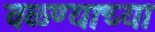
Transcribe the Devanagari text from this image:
वळण्याच्या